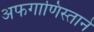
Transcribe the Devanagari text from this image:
अफगाणिस्ताने